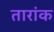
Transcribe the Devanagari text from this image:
तारांक